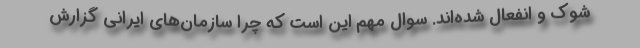
شوك و انفعال شده‌اند. سوال مهم این است كه چرا سازمان‌های ایرانی گزارش